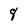
Character: 8